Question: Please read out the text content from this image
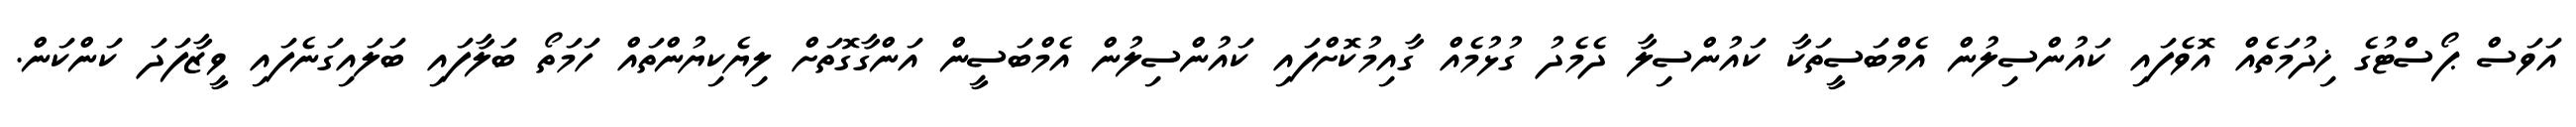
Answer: އަވަސް ޕޯސްޓުގެ ޚިދުމަތެއް އޮވެފައި ކައުންސިލުން އެމްބަސީތަކާ ކައުންސިލާ ދެމެދު ގުޅުމެއް ގާއިމުކޮށްފައި ކައުންސިލުން އެމްބަސީން އަންގާގޮތަށް ލިޔެކިޔުންތައް ހަމަތޯ ބަލާފައި ބަލައިގަނެފައި ވީޒާފަދަ ކަންކަން.